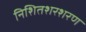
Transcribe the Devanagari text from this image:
निशितशरशरण